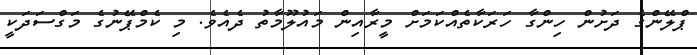
ޕްލޭންގެ ދަށުން ހިންގާ ހަރަކާތެއްކަމަށް މީރާއިން މައުލޫމާތު ދެއެވެ. މި ކެމްޕޭނުގެ މަގްސަދަކީ